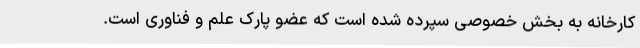
کارخانه به بخش خصوصی سپرده شده است که عضو پارک علم و فناوری است.